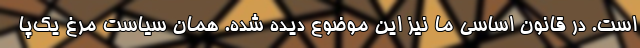
است. در قانون اساسي ما نيز اين موضوع ديده شده. همان سياست مرغ يک‌پا